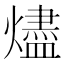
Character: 燼